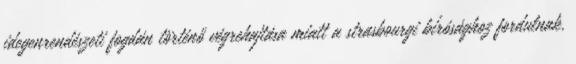
idegenrendészeti fogdán történő végrehajtása miatt a strasbourgi bírósághoz fordulnak.